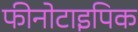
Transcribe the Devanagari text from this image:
फीनोटाइपिक